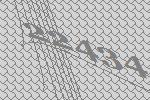
22434